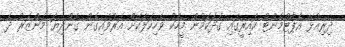
ދިރިއުޅޭ އެޕާޓްމެންޓް ކައިރީގައި ގަދަކަމުން މީހަކު ވެހިކަލަކަށް އަރުވައިގެން ގެންދިޔަ މަންޒަރު ދެ